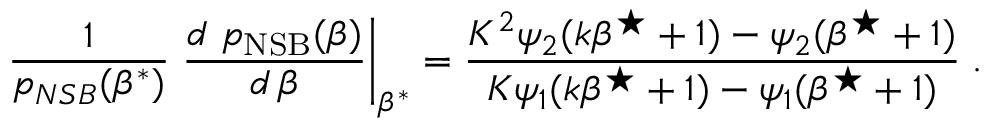
\frac { 1 } { { p } _ { N S B } ( \beta ^ { * } ) } \left. \frac { d \ { p } _ { \mathrm { N S B } } ( \beta ) } { d \, \beta } \right| _ { \beta ^ { * } } = \frac { K ^ { 2 } \psi _ { 2 } ( k \beta ^ { \star } + 1 ) - \psi _ { 2 } ( \beta ^ { \star } + 1 ) } { K \psi _ { 1 } ( k \beta ^ { \star } + 1 ) - \psi _ { 1 } ( \beta ^ { \star } + 1 ) } \; .